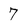
Character: 7